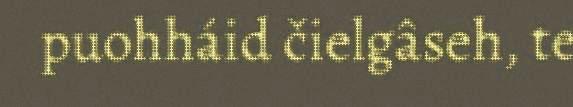
puohháid čielgâseh, te